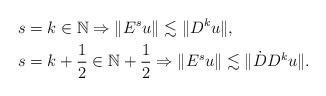
LaTeX: \begin{align*}&s=k\in\mathbb{N} \Rightarrow\|E^su\|\lesssim\|D^ku\|, \\&s=k+\frac{1}{2}\in \mathbb{N}+\frac{1}{2} \Rightarrow\|E^su\|\lesssim \|\dot{D}D^ku\|.\end{align*}